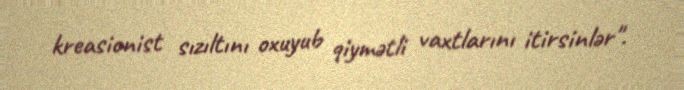
kreasionist sızıltını oxuyub qiymətli vaxtlarını itirsinlər".